Source: Handwritten
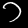
Digit: ၁ (1)